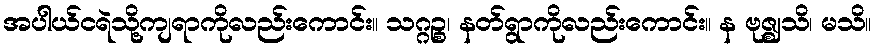
အပါယ်ငရဲသို့ကျရာကိုလည်းကောင်း။ သဂ္ဂဉ္စ၊ နတ်ရွာကိုလည်းကောင်း။ န ဗုဇ္ဈသိ၊ မသိ။